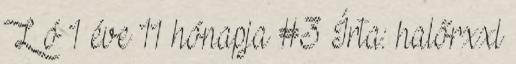
L ó 1 éve 11 hónapja #3 Írta: halőrxxl